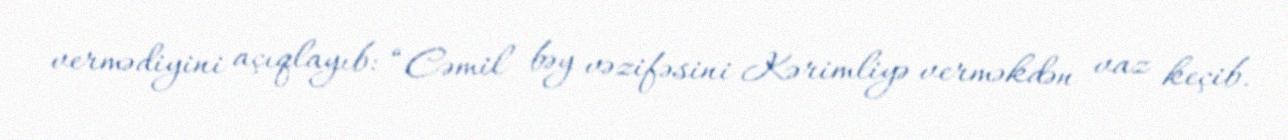
vermədiyini açıqlayıb: “Cəmil bəy vəzifəsini Kərimliyə verməkdən vaz keçib.